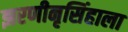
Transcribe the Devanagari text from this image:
झरणीनृसिंहाला